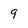
Character: 9